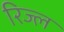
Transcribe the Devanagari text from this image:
रिज्ल